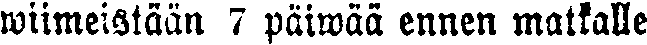
wiimeistään 7 päiwää ennen matkalle